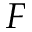
F